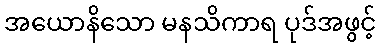
အယောနိသော မနသိကာရ ပုဒ်အဖွင့်